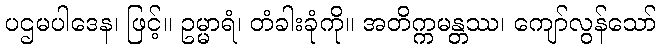
ပဌမပါဒေန၊ ဖြင့်။ ဥမ္မာရံ၊ တံခါးခုံကို။ အတိက္ကမန္တဿ၊ ကျော်လွန်သော်